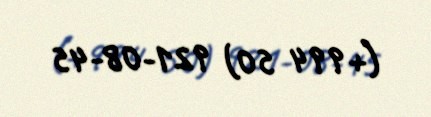
(+994 50) 921-08-45